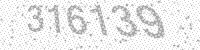
Solution: 316139